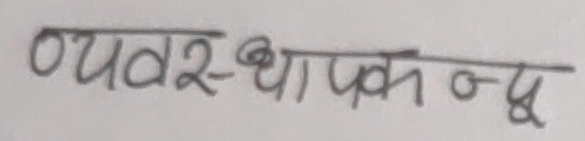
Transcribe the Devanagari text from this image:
व्यवस्थापक न्यु